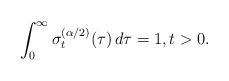
LaTeX: \begin{align*} \int_0^\infty \sigma_t^{(\alpha/2)}(\tau)\,d\tau = 1, t>0.\end{align*}